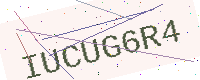
Text: IUCUG6R4